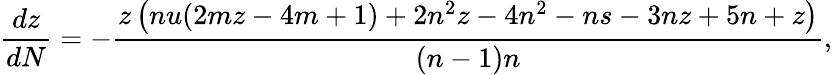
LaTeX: \frac{dz}{dN}=-\frac{z\left(nu(2mz-4m+1)+2n^{2}z-4n^{2}-ns-3nz+5n+z\right)}{(n-1)n},